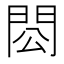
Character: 𨳗